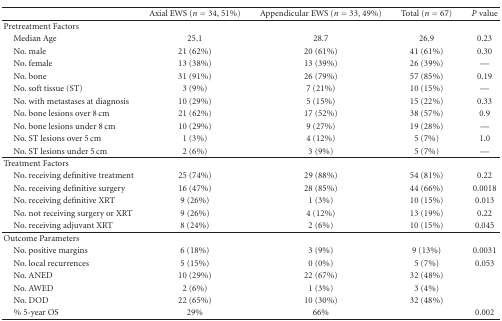
<table><thead><tr><td></td><td><b>Axial EWS (<i>n</i> = 34, 51%)</b></td><td><b>Appendicular EWS (<i>n</i> = 33, 49%)</b></td><td><b>Total (<i>n</i> = 67)</b></td><td><b><i>P</i> value</b></td></tr></thead><tbody><tr><td>Pretreatment Factors</td><td></td><td></td><td></td><td></td></tr><tr><td> Median Age</td><td>25.1</td><td>28.7</td><td>26.9</td><td>0.23</td></tr><tr><td> No. male</td><td>21 (62%)</td><td>20 (61%)</td><td>41 (61%)</td><td>0.30</td></tr><tr><td> No. female</td><td>13 (38%)</td><td>13 (39%)</td><td>26 (39%)</td><td>—</td></tr><tr><td> No. bone</td><td>31 (91%)</td><td>26 (79%)</td><td>57 (85%)</td><td>0.19</td></tr><tr><td> No. soft tissue (ST)</td><td>3 (9%)</td><td>7 (21%)</td><td>10 (15%)</td><td>—</td></tr><tr><td> No. with metastases at diagnosis</td><td>10 (29%)</td><td>5 (15%)</td><td>15 (22%)</td><td>0.33</td></tr><tr><td> No. bone lesions over 8 cm</td><td>21 (62%)</td><td>17 (52%)</td><td>38 (57%)</td><td>0.9</td></tr><tr><td> No. bone lesions under 8 cm</td><td>10 (29%)</td><td>9 (27%)</td><td>19 (28%)</td><td>—</td></tr><tr><td> No. ST lesions over 5 cm</td><td>1 (3%)</td><td>4 (12%)</td><td>5 (7%)</td><td>1.0</td></tr><tr><td> No. ST lesions under 5 cm</td><td>2 (6%)</td><td>3 (9%)</td><td>5 (7%)</td><td>—</td></tr><tr><td>Treatment Factors</td><td></td><td></td><td></td><td></td></tr><tr><td> No. receiving definitive treatment</td><td>25 (74%)</td><td>29 (88%)</td><td>54 (81%)</td><td>0.22</td></tr><tr><td> No. receiving definitive surgery</td><td>16 (47%)</td><td>28 (85%)</td><td>44 (66%)</td><td>0.0018</td></tr><tr><td> No. receiving definitive XRT</td><td>9 (26%)</td><td>1 (3%)</td><td>10 (15%)</td><td>0.013</td></tr><tr><td> No. not receiving surgery or XRT</td><td>9 (26%)</td><td>4 (12%)</td><td>13 (19%)</td><td>0.22</td></tr><tr><td> No. receiving adjuvant XRT</td><td>8 (24%)</td><td>2 (6%)</td><td>10 (15%)</td><td>0.045</td></tr><tr><td>Outcome Parameters</td><td></td><td></td><td></td><td></td></tr><tr><td> No. positive margins</td><td>6 (18%)</td><td>3 (9%)</td><td>9 (13%)</td><td>0.0031</td></tr><tr><td> No. local recurrences</td><td>5 (15%)</td><td>0 (0%)</td><td>5 (7%)</td><td>0.053</td></tr><tr><td> No. ANED</td><td>10 (29%)</td><td>22 (67%)</td><td>32 (48%)</td><td></td></tr><tr><td> No. AWED</td><td>2 (6%)</td><td>1 (3%)</td><td>3 (4%)</td><td></td></tr><tr><td> No. DOD</td><td>22 (65%)</td><td>10 (30%)</td><td>32 (48%)</td><td></td></tr><tr><td> % 5-year OS</td><td>29%</td><td>66%</td><td></td><td>0.002</td></tr></tbody></table>